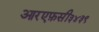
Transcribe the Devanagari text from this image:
आरएफ़सी३४३९